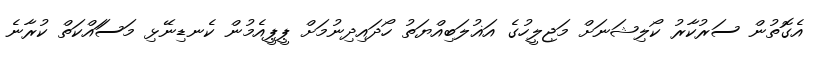
އެގޮތުން ސަރުކާރު ކޯލިޝަނަށް މަޖިލީހުގެ އަޣުލަބިއްޔަތު ހޯދައިދިނުމަށް ޕީޕީއެމުން ކެނޑިނޭޅި މަސަައްކަތް ކުރާނެ